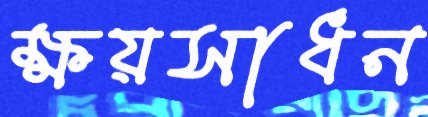
ক্ষয়সাধন